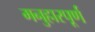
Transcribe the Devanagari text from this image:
मनुहारपूर्ण